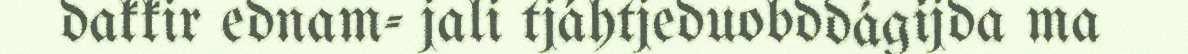
dakkir ednam- jali tjáhtjeduobddágijda ma